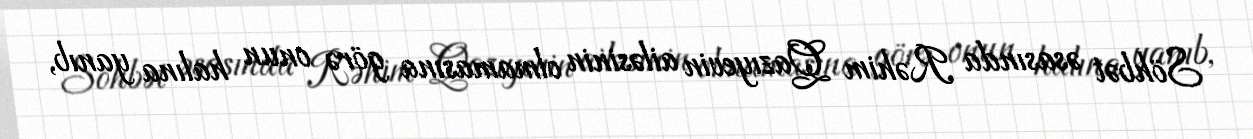
Söhbət əsasında Rəhim Qazıyevin ailəsinin olmamasına görə onun halına yanıb,